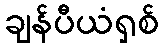
ချန်ပီယံရှစ်